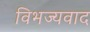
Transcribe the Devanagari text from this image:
विभज्यवाद